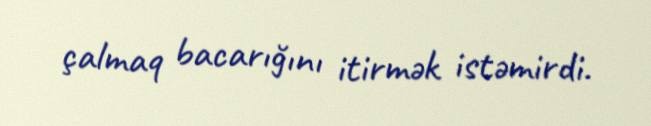
çalmaq bacarığını itirmək istəmirdi.